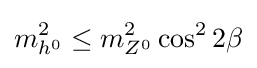
m_{h^{0}}^{2}\leq m_{Z^{0}}^{2}\cos ^{2}2\beta